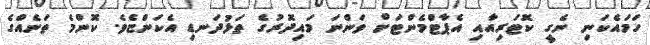
ހަމައެކަނި ނެގީ ކޮޓަރިއާއި އެޕާޓްމެންޓަށް ވަންނަ މައިދޮރުގެ ތަޅުދަނޑި އެކަންޏެވެ. ކޮންމެ ތަނެއްގެ